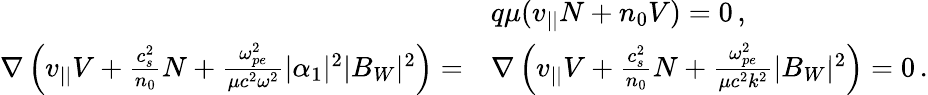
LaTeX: \begin{array}{rl}&{q\mu(v_{||}N+n_{0}V)=0\, ,}\\ {\nabla\left(v_{||}V+\frac{c_{s}^{2}}{n_{0}}N+\frac{\omega_{pe}^{2}}{\mu c^{2}\omega^{2}}|\alpha_{1}|^{2}|B_{W}|^{2}\right)=}&{\nabla\left(v_{||}V+\frac{c_{s}^{2}}{n_{0}}N+\frac{\omega_{pe}^{2}}{\mu c^{2}k^{2}}|B_{W}|^{2}\right)=0\, .}\end{array}